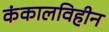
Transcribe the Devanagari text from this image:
कंकालविहीन